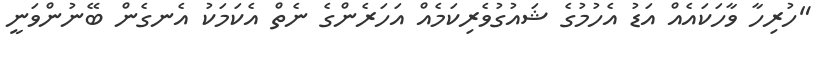
"ހުރިހާ ވާހަކައެއް އަޑު އެހުމުގެ ޝައުގުވެރިކަމެއް އަހަރެންގެ ނެތް އެކަމަކު އެނގެން ބޭނުންވަނީ